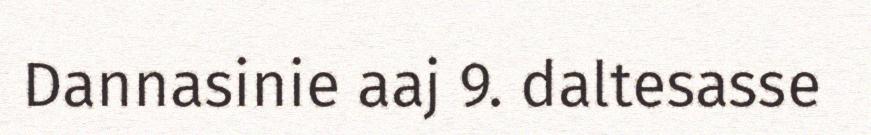
Dannasinie aaj 9. daltesasse